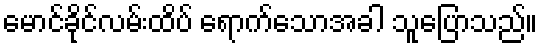
မောင်ခိုင်လမ်းထိပ် ရောက်သောအခါ သူပြောသည်။